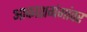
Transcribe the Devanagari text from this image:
आकाशगंगांवर